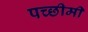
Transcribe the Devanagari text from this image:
पच्छीमी